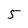
Character: 5